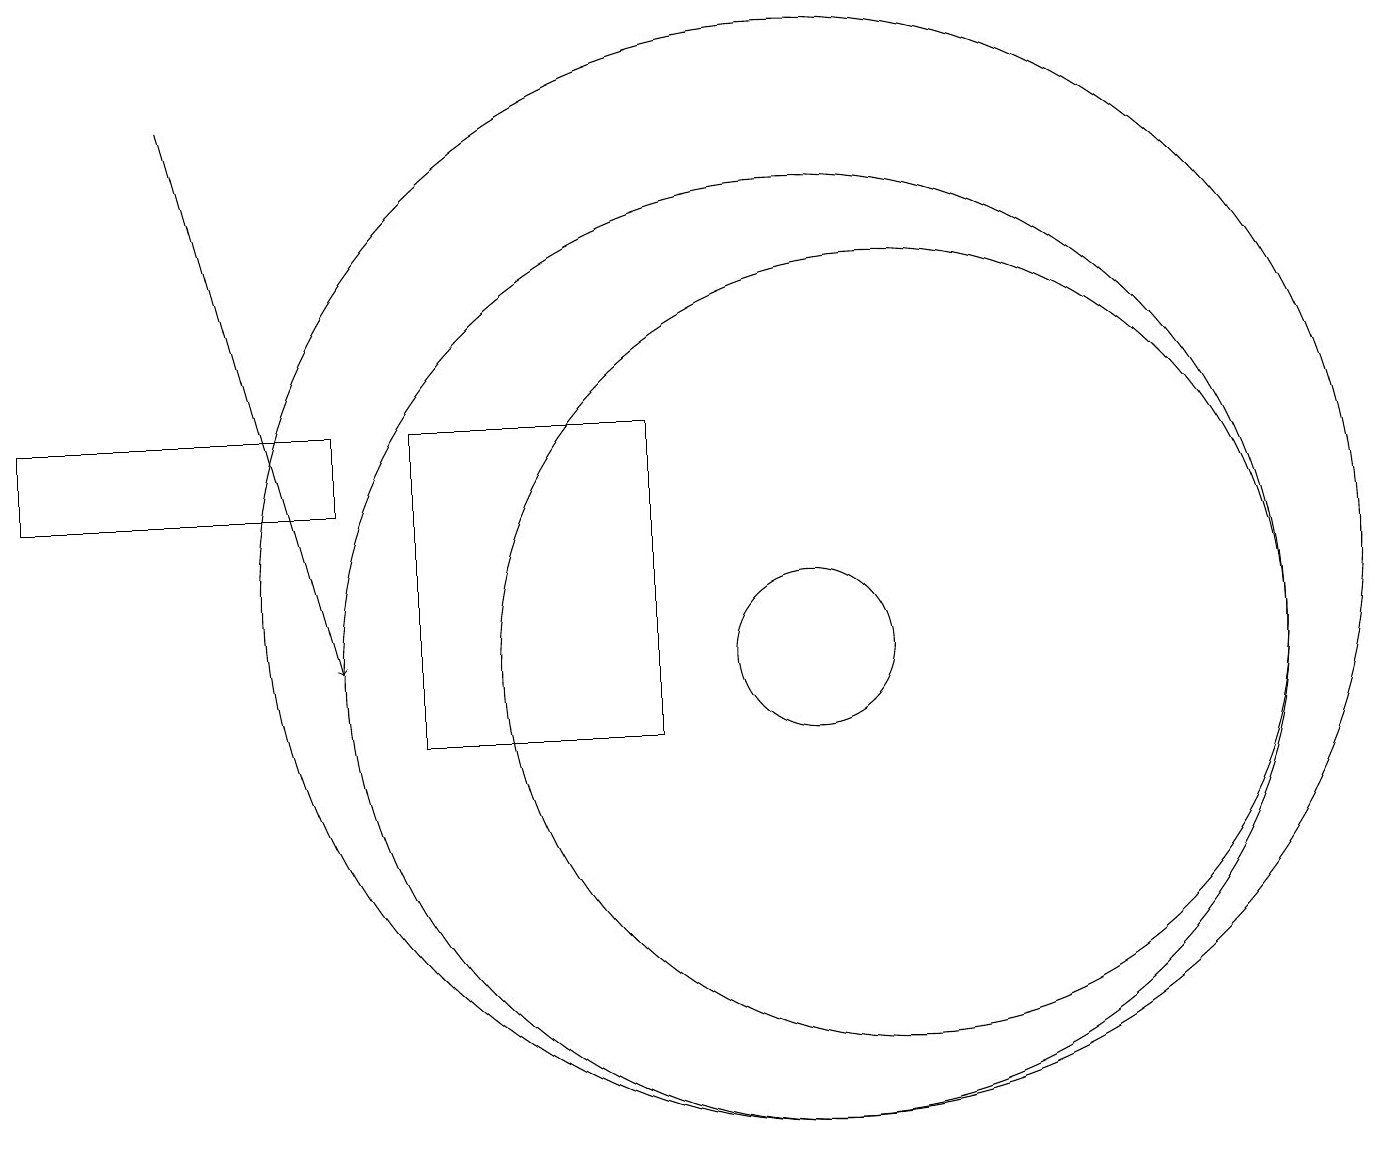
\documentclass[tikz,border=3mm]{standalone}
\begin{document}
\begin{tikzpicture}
\draw (10,11) circle (1);
\draw (10,11) circle (6);
\draw (0,14) rectangle (4,13);
\draw (11,11) circle (5);
\draw[->] (2,18) -- (4,11);
\draw (5,10) rectangle (8,14);
\draw (10,12) circle (7);
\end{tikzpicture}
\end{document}